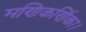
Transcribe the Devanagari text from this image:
मणिकर्णिका।